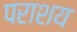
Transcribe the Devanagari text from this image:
पराशय